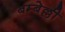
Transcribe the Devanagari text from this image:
बम्बेल्ली